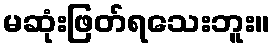
မဆုံးဖြတ်ရသေးဘူး။